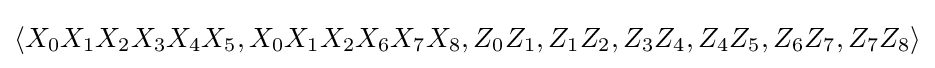
\langle X_{0}X_{1}X_{2}X_{3}X_{4}X_{5},X_{0}X_{1}X_{2}X_{6}X_{7}X_{8},Z_{0}Z_{1},Z_{1}Z_{2},Z_{3}Z_{4},Z_{4}Z_{5},Z_{6}Z_{7},Z_{7}Z_{8}\rangle